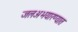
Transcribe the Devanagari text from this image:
जलअभयारण्यात